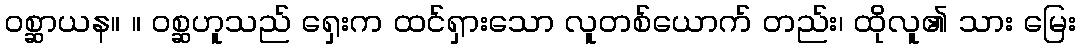
ဝစ္ဆာယန။ ။ ဝစ္ဆဟူသည် ရှေးက ထင်ရှားသော လူတစ်ယောက် တည်း၊ ထိုလူ၏ သား မြေး